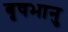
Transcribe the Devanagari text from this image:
बृषभानु